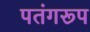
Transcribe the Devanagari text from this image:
पतंगरूप